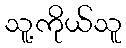
သူ့ကိုယ်သူ